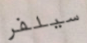
سيلفر